Indian journal of veterinary science and animal husbandry - Volume 11,
Year: 1941
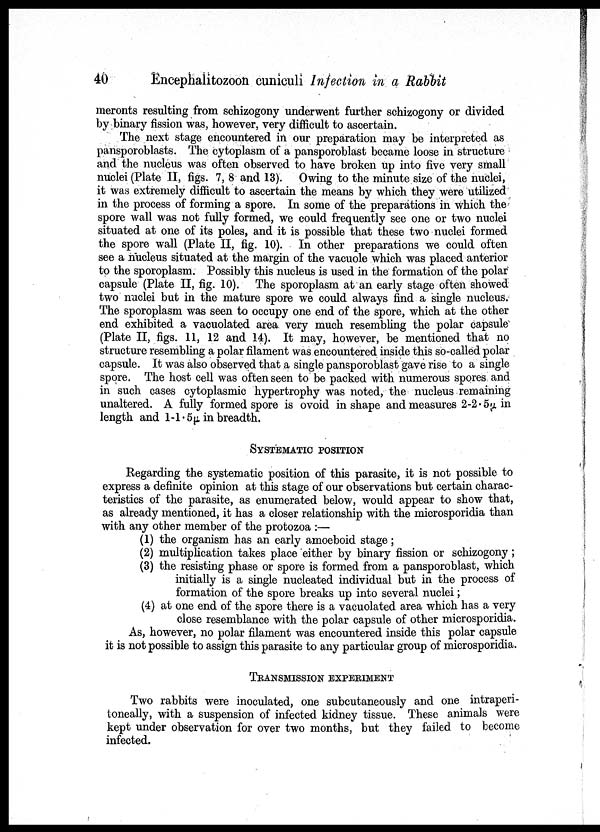
40
Encephalitozoon cuniculi Infection in a Rabbit
meronts resulting from schizogony underwent further schizogony or divided
by binary fission was, however, very difficult to ascertain.
The next stage encountered in our preparation may be interpreted as
pansporoblasts. The cytoplasm of a pansporoblast became loose in structure
and the nucleus was often observed to have broken up into five very small
nuclei (Plate II, figs.7, 8 and 13). Owing to the minute size of the nuclei,
it was extremely difficult to ascertain the means by which they were utilized
in the process of forming a spore. In some of the preparations in which the
spore wall was not fully formed, we could frequently see one or two nuclei
situated at one of its poles, and it is possible that these two nuclei formed
the spore wall (Plate II, fig.10). In other preparations we could often
see a nucleus situated at the margin of the vacuole which was placed anterior
to the sporoplasm. Possibly this nucleus is used in the formation of the polar
capsule (Plate II, fig.10). The sporoplasm at an early stage often showed
two nuclei but in the mature spore we could always find a single nucleus.
The sporoplasm was seen to occupy one end of the spore, which at the other
end exhibited a vacuolated area very much resembling the polar capsule
(Plate II, figs. 11, 12 and 14). It may, however, be mentioned that no
structure resembling a polar filament was encountered inside this so-called polar
capsule. It was also observed that a single pansporoblast gave rise to a single
spore. The host cell was often seen to be packed with numerous spores and
in such cases cytoplasmic hypertrophy was noted, the nucleus remaining
unaltered. A fully formed spore is ovoid in shape and measures 2-2.5µ in
length and 1-1.5µ in breadth.
SYSTEMATIC POSITION
Regarding the systematic position of this parasite, it is not possible to
express a definite opinion at this stage of our observations but certain charac-
teristics of the parasite, as enumerated below, would appear to show that,
as already mentioned, it has a closer relationship with the microsporidia than
with any other member of the protozoa :—
(1) the organism has an early amoeboid stage;
(2) multiplication takes place either by binary fission or schizogony ;
(3) the resisting phase or spore is formed from a pansporoblast, which
initially is a single nucleated individual but in the process of
formation of the spore breaks up into several nuclei;
(4) at one end of the spore there is a vacuolated area which has a very
close resemblance with the polar capsule of other microsporidia.
As, however, no polar filament was encountered inside this polar capsule
it is not possible to assign this parasite to any particular group of microsporidia.
TRANSMISSION EXPERIMENT
Two rabbits were inoculated, one subcutaneously and one intraperi¬
toneally, with a suspension of infected kidney tissue. These animals were
kept under observation for over two months, but they failed to become
infected.